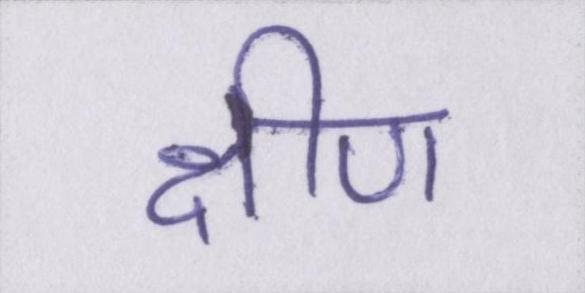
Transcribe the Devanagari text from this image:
क्षीण